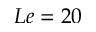
L e = 2 0